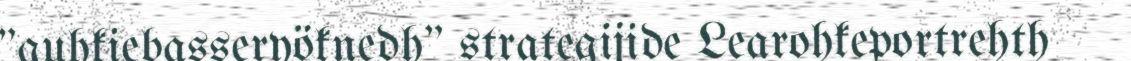
"guhkiebasseryöknedh" strategijide Learohkeportrehth